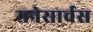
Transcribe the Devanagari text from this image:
मनेसार्चस